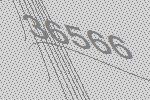
36566